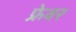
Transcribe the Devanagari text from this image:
फ्रेवर